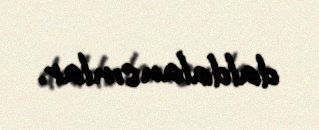
daldalansınlar.